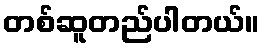
တစ်ဆူတည်ပါတယ်။